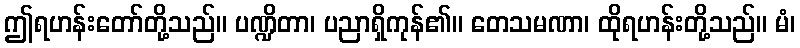
ဤရဟန်းတော်တို့သည်။ ပဏ္ဍိတာ၊ ပညာရှိကုန်၏။ တေသမဏာ၊ ထိုရဟန်းတို့သည်။ မံ၊